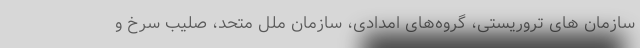
سازمان های تروریستی، گروه‌های امدادی، سازمان ملل متحد، صلیب سرخ و